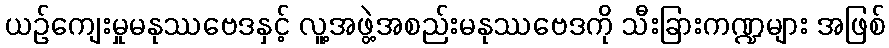
ယဉ်ကျေးမှုမနုဿဗေဒနှင့် လူ့အဖွဲ့အစည်းမနုဿဗေဒကို သီးခြားကဏ္ဍများ အဖြစ်